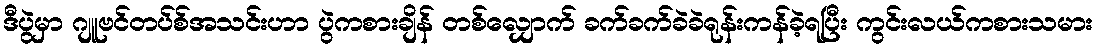
ဒီပွဲမှာ ဂျူဗင်တပ်စ်အသင်းဟာ ပွဲကစားချိန် တစ်လျှောက် ခက်ခက်ခဲခဲရုန်းကန်ခဲ့ရပြီး ကွင်းလယ်ကစားသမား